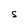
Character: S